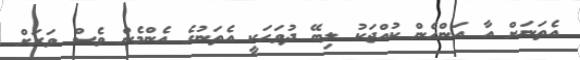
އެތަނަށް އާ އަންހެން ކުއްޖަކު ލިބޭ ދުވަހަކީ އެތަނުގެ އެންމެން ވެސް ވަރަށް